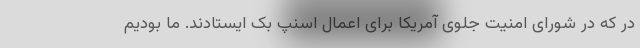
در که در شورای امنیت جلوی آمریکا برای اعمال اسنپ بک ایستادند. ما بودیم